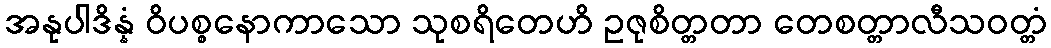
အနုပါဒိန္နံ ဝိပစ္စနောကာသော သုစရိတေဟိ ဥဇုစိတ္တတာ တေစတ္တာလီသဝတ္တံ